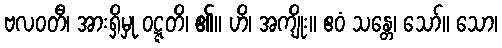
ဗလဝတီ၊ အားရှိမှု ဝဋ္ဋတိ၊ ၏။ ဟိ၊ အကျိုး။ ဧဝံ သန္တေ၊ သော်။ သော၊